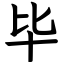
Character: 毕